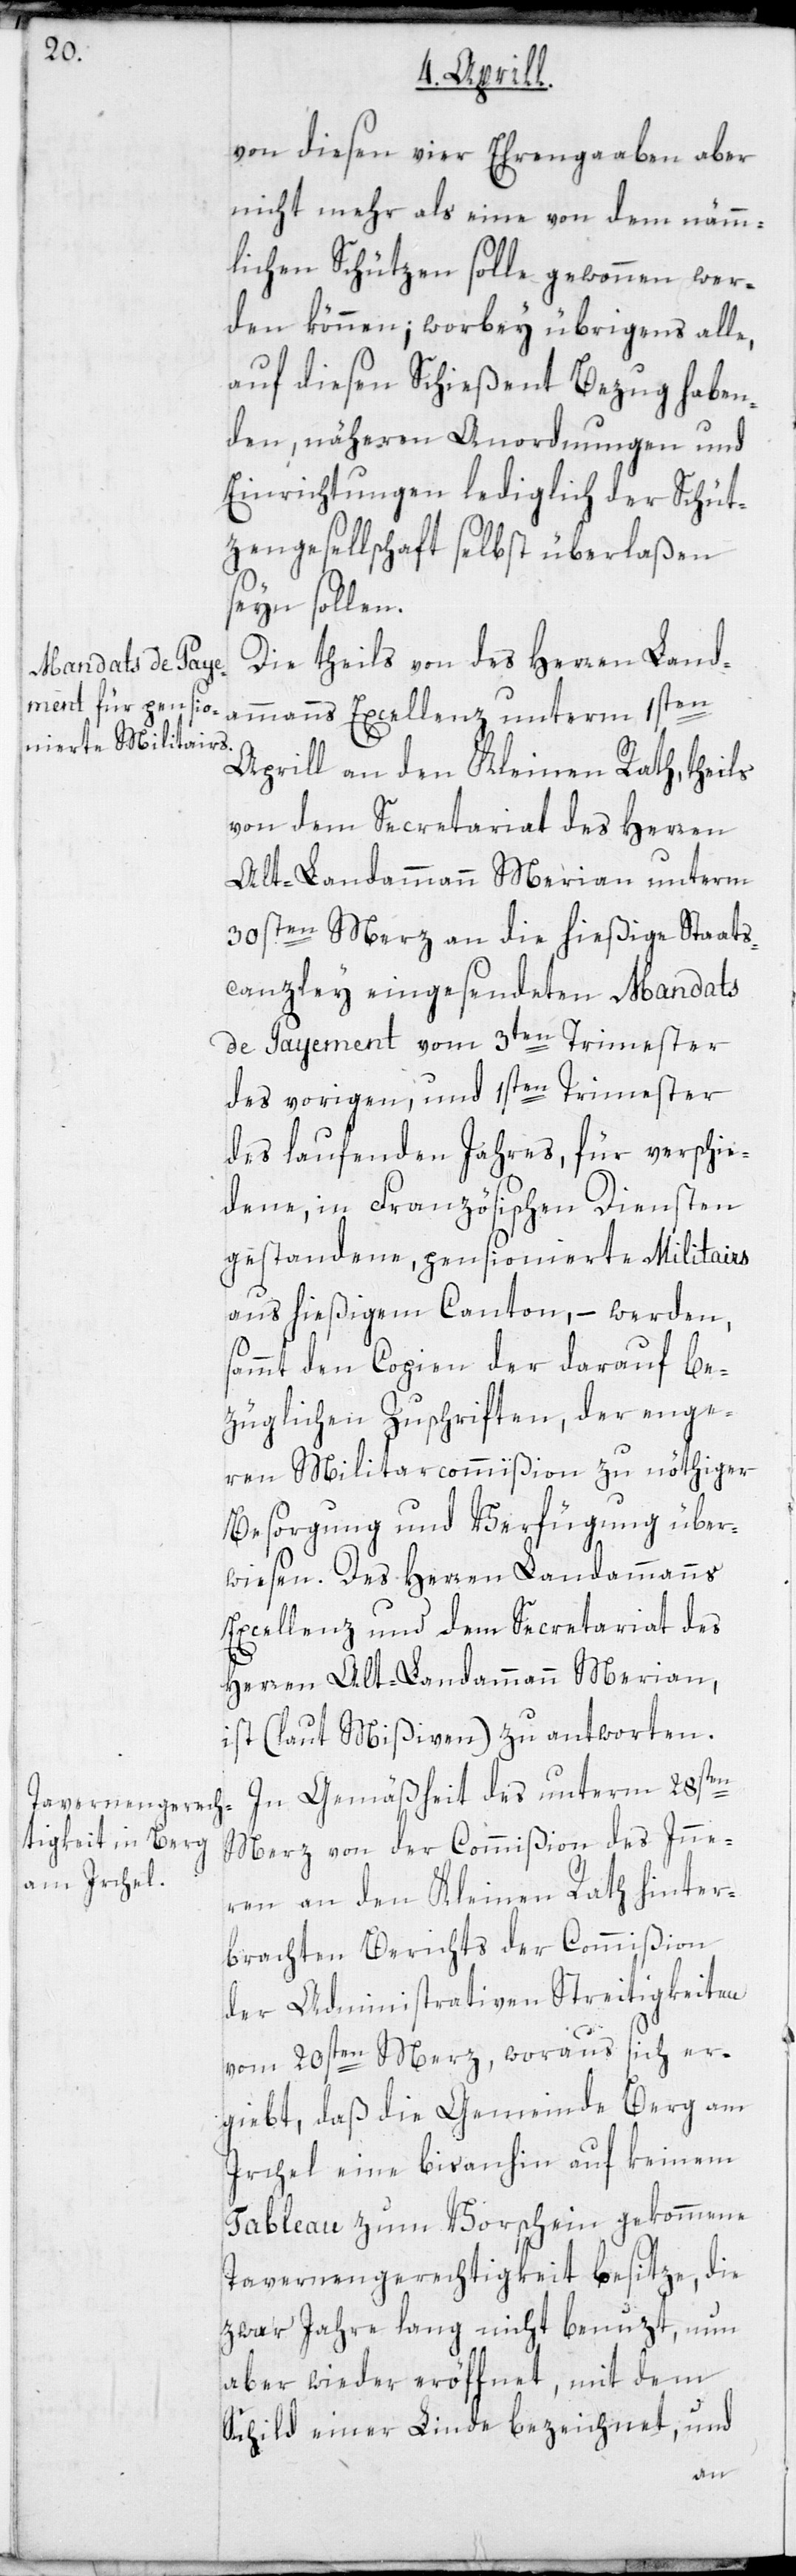
von diesen vier Ehrengaaben aber
nicht mehr als eine von dem nämm¬
lichen Schützen solle gewonnen wer¬
den können; worbey übrigens alle,
auf diesen Schießent Bezug haben¬
den, näheren Anordnungen und
Einrichtungen lediglich der Schüt¬
zengesellschaft selbst überlaßen
seyn sollen.
Die theils von des Herren Land¬
ammanns Excellenz unterm 1sten
Aprill an den Kleinen Rath, theils
von dem Secretariat des Herren
Alt-Landammann Merian unterm
30sten Merz an die hießige Staats¬
canzley eingesendeten Mandats
de Payement vom 3ten Trimester
des vorigen, und 1sten Trimester
des laufenden Jahres, für verschie¬
dene, in Französischen Diensten
gestandene, pensionierte Militairs
aus hießigem Canton, – werden,
sammt den Copien der darauf be¬
züglichen Zuschriften, der enge¬
ren Militaircommißion zu nöthiger
Besorgung und Verfügung über¬
wiesen. Des Herren Landammanns
Excellenz und dem Secretariat des
Herren Alt-Landammann Merian,
ist (laut Mißiven) zu antworten.
In Gemäßheit des unterm 28sten
Merz von der Commißion des Inne¬
ren an den Kleinen Rath hinter¬
brachten Berichts der Commißion
der Administrativen Streitigkeiten
vom 20sten Merz, woraus sich er¬
giebt, daß die Gemeinde Berg am
Irchel eine bisanhin auf keinem
Tableau zum Vorschein gekommene
Tavernengerechtigkeit besitze, die
zwar Jahre lang nicht benutzt, nun
aber wieder eröffnet, mit dem
Schild einer Linde bezeichnet, und